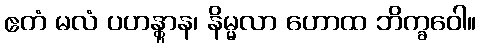
ဧတံ မလံ ပဟန္တွာန၊ နိမ္မလာ ဟောထ ဘိက္ခဝေါ။